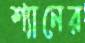
শ্যানের